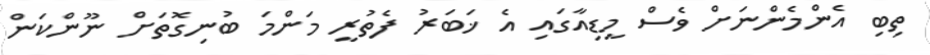
ތިބި އެންމެންނަށް ވެސް މީޑިއާގައި އެ ޚަބަރު ފެތުރީ މަންމަ ބުނިގޮތަށް ނޫންކަން